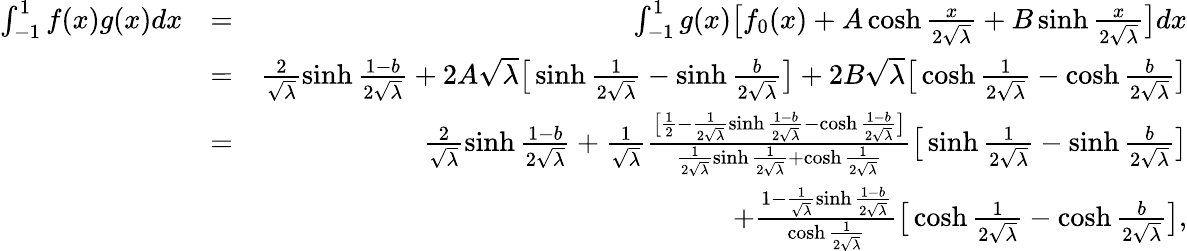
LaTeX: \begin{array}{rlr}{\int_{-1}^{1}f(x)g(x)dx}&{=}&{\int_{-1}^{1}g(x)\big[f_{0}(x)+A\cosh\frac{x}{2\sqrt{\lambda}}+B\sinh\frac{x}{2\sqrt{\lambda}}\big]dx}\\ &{=}&{\frac{2}{\sqrt{\lambda}}\sinh\frac{1-b}{2\sqrt{\lambda}}+2A\sqrt{\lambda}\big[\sinh\frac{1}{2\sqrt{\lambda}}-\sinh\frac{b}{2\sqrt{\lambda}}\big]+2B\sqrt{\lambda}\big[\cosh\frac{1}{2\sqrt{\lambda}}-\cosh\frac{b}{2\sqrt{\lambda}}\big]}\\ &{=}&{\frac{2}{\sqrt{\lambda}}\sinh\frac{1-b}{2\sqrt{\lambda}}+\frac{1}{\sqrt{\lambda}}\frac{\big[\frac{1}{2}-\frac{1}{2\sqrt{\lambda}}\sinh\frac{1-b}{2\sqrt{\lambda}}-\cosh\frac{1-b}{2\sqrt{\lambda}}\big]}{\frac{1}{2\sqrt{\lambda}}\sinh\frac{1}{2\sqrt{\lambda}}+\cosh\frac{1}{2\sqrt{\lambda}}}\big[\sinh\frac{1}{2\sqrt{\lambda}}-\sinh\frac{b}{2\sqrt{\lambda}}\big]}\\ &{}&{+\frac{1-\frac{1}{\sqrt{\lambda}}\sinh\frac{1-b}{2\sqrt{\lambda}}}{\cosh\frac{1}{2\sqrt{\lambda}}}\big[\cosh\frac{1}{2\sqrt{\lambda}}-\cosh\frac{b}{2\sqrt{\lambda}}\big],}\end{array}